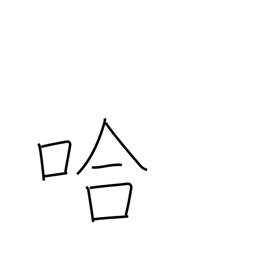
Meaning: school of fish